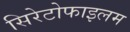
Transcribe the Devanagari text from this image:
सिरेटोफाइलम